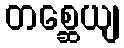
တစ္ဆေယျ